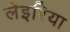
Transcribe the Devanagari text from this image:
लेइरिया